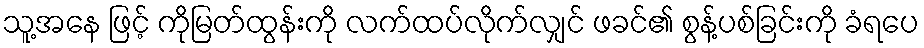
သူ့အနေ ဖြင့် ကိုမြတ်ထွန်းကို လက်ထပ်လိုက်လျှင် ဖခင်၏ စွန့်ပစ်ခြင်းကို ခံရပေ